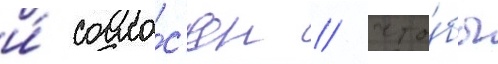
и́ согла́с'ен / что́бы